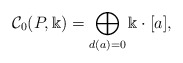
\begin{align*}\mathcal C_0(P,\Bbbk)=\bigoplus_{d(a)=0}\Bbbk\cdot[a], \end{align*}